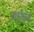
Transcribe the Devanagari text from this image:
शोल